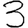
Digit: 3